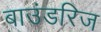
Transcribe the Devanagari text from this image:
बाउंडरिज